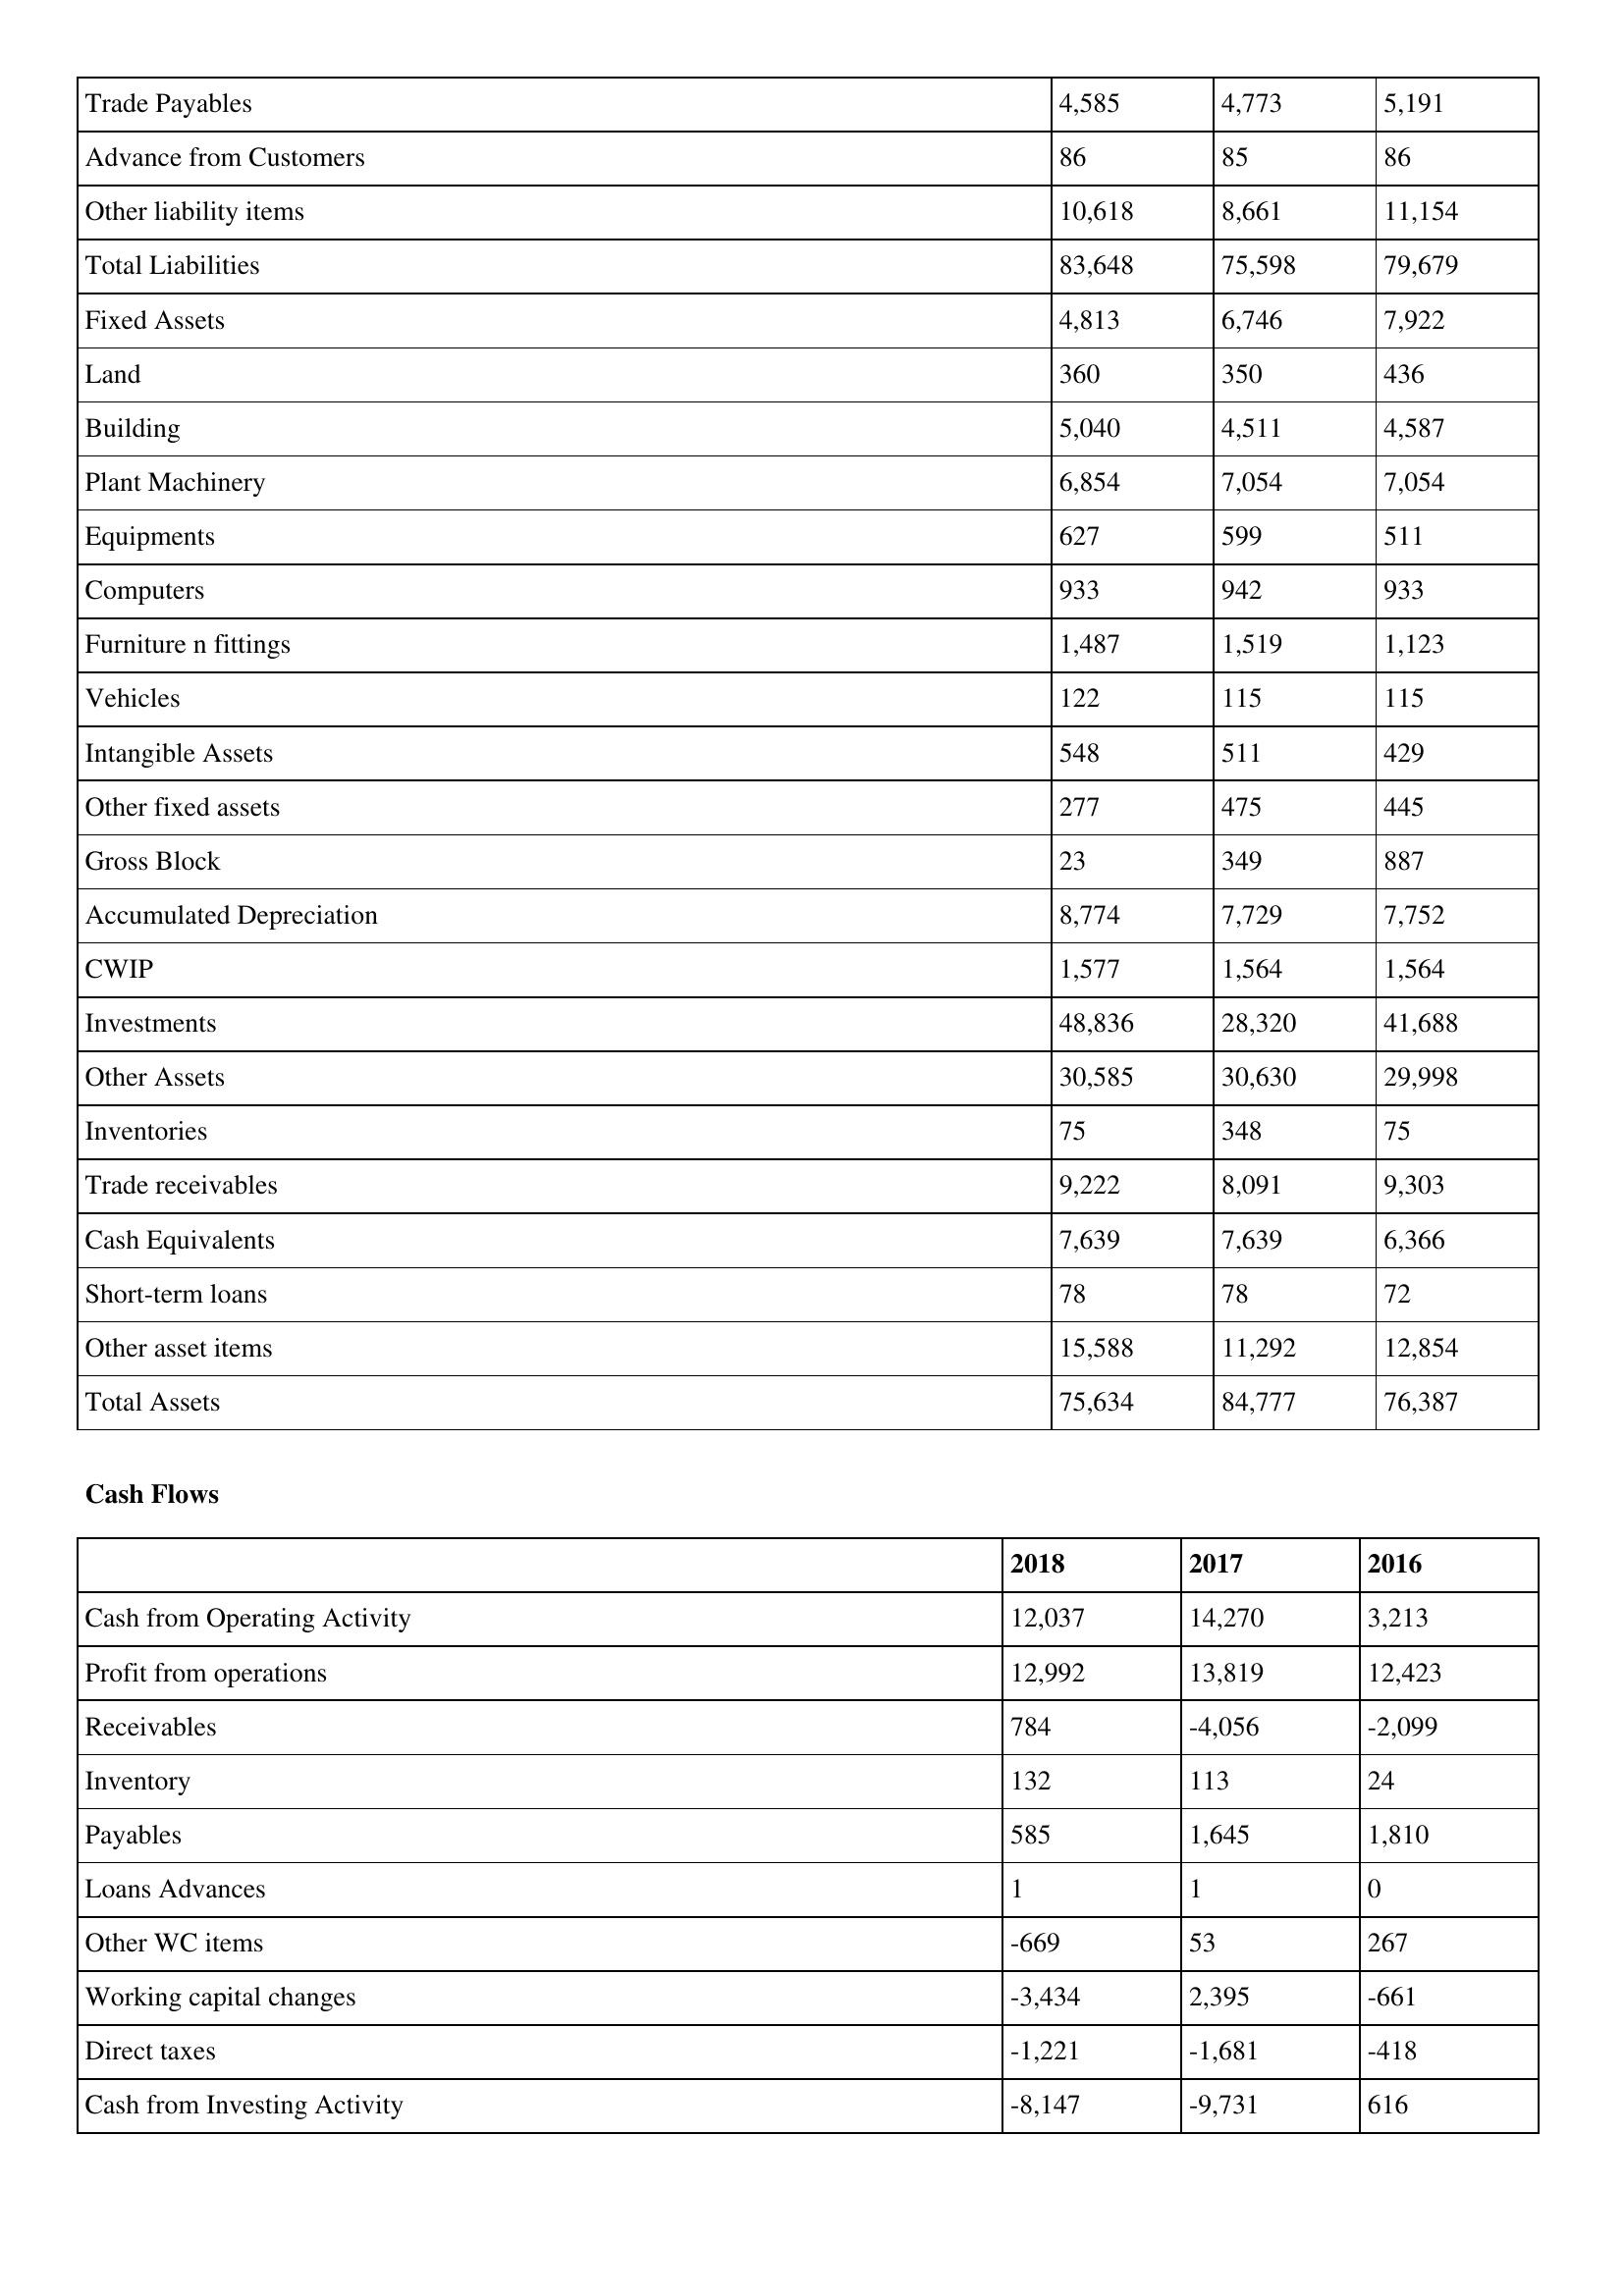
gt_parse: 2018: Balance Sheet: Trade Payables: 4,585
Advance from Customers: 86
Other liability items: 10,618
Total Liabilities: 83,648
Fixed Assets: 4,813
Land: 360
Building: 5,040
Plant Machinery: 6,854
Equipments: 627
Computers: 933
Furniture n fittings: 1,487
Vehicles: 122
Intangible Assets: 548
Other fixed assets: 277
Gross Block: 23
Accumulated Depreciation: 8,774
CWIP: 1,577
Investments: 48,836
Other Assets: 30,585
Inventories: 75
Trade receivables: 9,222
Cash Equivalents: 7,639
Short-term loans: 78
Other asset items: 15,588
Total Assets: 75,634
Cash Flows: Cash from Operating Activity: 12,037
Profit from operations: 12,992
Receivables: 784
Inventory: 132
Payables: 585
Loans Advances: 1
Other WC items: -669
Working capital changes: -3,434
Direct taxes: -1,221
Cash from Investing Activity: -8,147
2017: Balance Sheet: Trade Payables: 4,773
Advance from Customers: 85
Other liability items: 8,661
Total Liabilities: 75,598
Fixed Assets: 6,746
Land: 350
Building: 4,511
Plant Machinery: 7,054
Equipments: 599
Computers: 942
Furniture n fittings: 1,519
Vehicles: 115
Intangible Assets: 511
Other fixed assets: 475
Gross Block: 349
Accumulated Depreciation: 7,729
CWIP: 1,564
Investments: 28,320
Other Assets: 30,630
Inventories: 348
Trade receivables: 8,091
Cash Equivalents: 7,639
Short-term loans: 78
Other asset items: 11,292
Total Assets: 84,777
Cash Flows: Cash from Operating Activity: 14,270
Profit from operations: 13,819
Receivables: -4,056
Inventory: 113
Payables: 1,645
Loans Advances: 1
Other WC items: 53
Working capital changes: 2,395
Direct taxes: -1,681
Cash from Investing Activity: -9,731
2016: Balance Sheet: Trade Payables: 5,191
Advance from Customers: 86
Other liability items: 11,154
Total Liabilities: 79,679
Fixed Assets: 7,922
Land: 436
Building: 4,587
Plant Machinery: 7,054
Equipments: 511
Computers: 933
Furniture n fittings: 1,123
Vehicles: 115
Intangible Assets: 429
Other fixed assets: 445
Gross Block: 887
Accumulated Depreciation: 7,752
CWIP: 1,564
Investments: 41,688
Other Assets: 29,998
Inventories: 75
Trade receivables: 9,303
Cash Equivalents: 6,366
Short-term loans: 72
Other asset items: 12,854
Total Assets: 76,387
Cash Flows: Cash from Operating Activity: 3,213
Profit from operations: 12,423
Receivables: -2,099
Inventory: 24
Payables: 1,810
Loans Advances: 0
Other WC items: 267
Working capital changes: -661
Direct taxes: -418
Cash from Investing Activity: 616